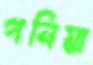
গনিয়া